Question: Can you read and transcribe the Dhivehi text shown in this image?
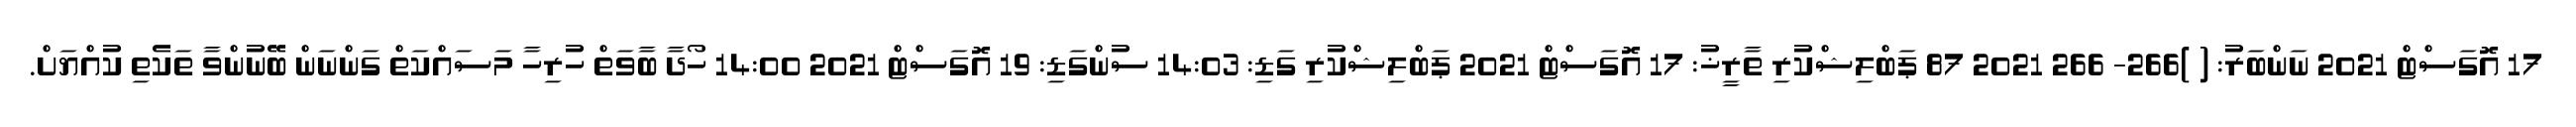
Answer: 17 އޮގަސްޓް 2021 ނަންބަރު: ( )266- 266 2021 87 ޕަބްލިޝްކުރި ތާރީޚު: 17 އޮގަސްޓް 2021 ޕަބްލިޝްކުރި ގަޑި: 14:03 ސުންގަޑި: 19 އޮގަސްޓް 2021 14:00 ހޯދާ ބާވަތް ހުރިހާ މަސައްކަތް ގަންނަން ބޭނުންވާ ތަކެތި ކުއްޔަށް.